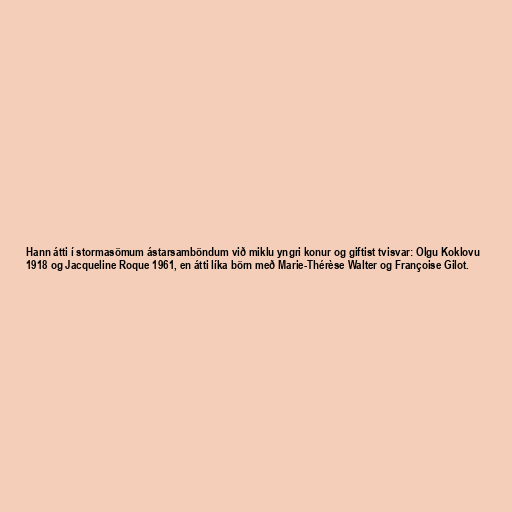
Hann átti í stormasömum ástarsamböndum við miklu yngri konur og giftist tvisvar: Olgu Koklovu
1918 og Jacqueline Roque 1961, en átti líka börn með Marie-Thérèse Walter og Françoise Gilot.